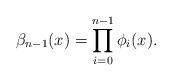
LaTeX: \begin{align*}\beta_{n-1} (x)=\prod_{i=0}^{n-1}\phi_i (x).\end{align*}